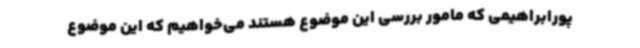
پورابراهیمی که مامور بررسی این موضوع هستند می‌خواهیم که این موضوع